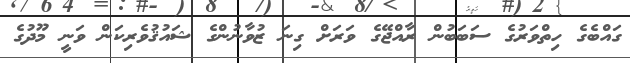
ގައްބެގެ ހިތްވަރުގެ ސަބަބުން ރާއްޖޭގެ ވަރަށް ގިނަ ޒުވާނުންގެ ޝައުޤުވެރިކަން ވަނީ މޫދުގެ